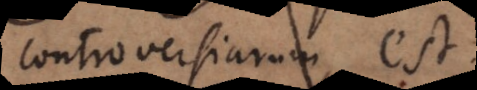
controversiarum est